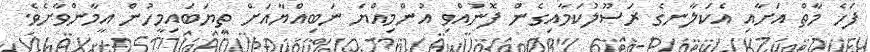
ފަހެ މާތް އަށާއި އެކަލާނގެ ރަސޫލުކަމާއިގެން ފޮނުއްވި އުންމިއްޔަ ނަބިއްޔާއަށް ތިޔަބައިމީހުން އީމާންވާށެވެ.